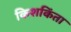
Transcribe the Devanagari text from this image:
किशकिंता